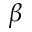
\beta